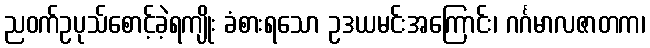
ညဝက်ဥပုသ်စောင့်ခဲ့ရကျိုး ခံစားရသော ဥဒယမင်းအကြောင်း၊ ဂင်္ဂမာလဇာတက၊